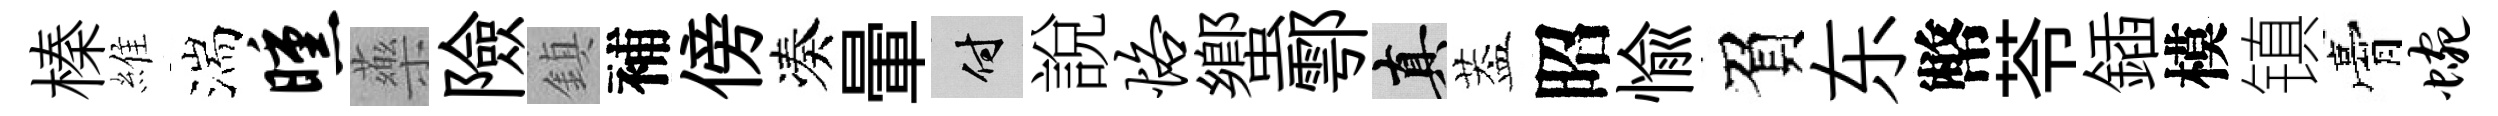
榛維湍曛藥險鎮補傍凑暈付說恪蠁鄠真葢昭愉負东幣苓鍤模镇膏蜿